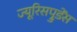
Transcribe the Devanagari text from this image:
ज्यूरिसप्रुडेंस